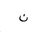
Letter: _non